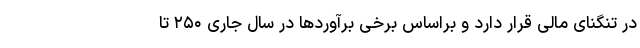
در تنگنای مالی قرار دارد و براساس برخی برآوردها در سال جاری ۲۵۰ تا